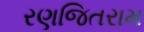
રણજિતરામ